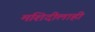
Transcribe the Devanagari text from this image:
मशिदीलाही